Report on sanitation, dispensaries, and jails in Rajputana for 1921, and on vaccination for the year 1921-1922 - 1921-1922
Year: 1921
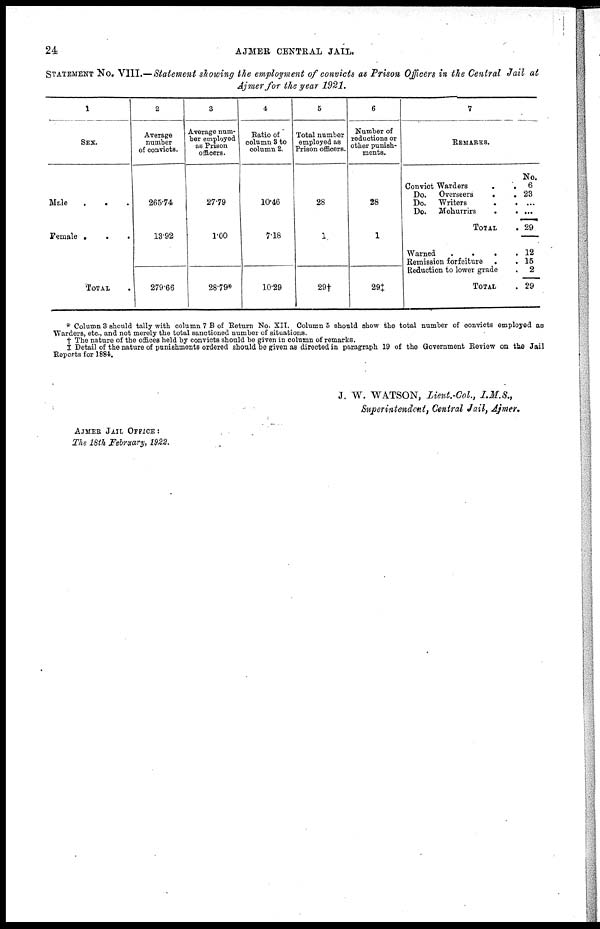
24
AJMER CENTRAL JAIL.
STATEMENT No. VIII.—Statement showing the employment of convicts as Prison Officers in the Central Jail at
Ajmer for the year 1921.
1
SEX.
Male...
Female...
TOTAL.
2
Average
number
of convicts.
265.74
13.92
279.66
3
Average num-
ber employed
as Prison
officers.
27.79
1.00
28.79*
4
Ratio of
column 3 to
column 2.
10.46
7.18
10.29
5
Total number
employed as
Prison officers.
28
1
29†
6
Number of
reductions or
other punish-
ments.
28
1
29‡
7
REMARKS.
Convict Warders..
Do.
Overseers..
Do.
Writers..
Do. Mohurrirs..
TOTAL.
Warned....
Remission forfeiture..
Reduction to lower grade.
TOTAL.
No.
6
23
...
...
29
12
15
2
29
* Column 3 should tally with column 7 B of Return No. XII. Column 5 should show the total number of convicts employed as
Warders, etc., and not merely the total sanctioned number of situations.
† The nature of the offices held by convicts should be given in column of remarks.
‡ Detail of the nature of punishments ordered should be given as directed in paragraph 19 of the Government Review on the Jail
Reports for 1884.
J. W. WATSON, Lieut.-Col., I.M.S.,
Superintendent, Central Jail, Ajmer.
AJMER JAIL OFFICE :
The 18th February, 1922.